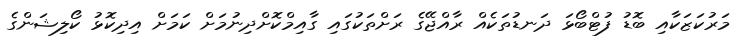
މަރުކަޒަކާއި ބޮޑު ފުޓްބޯޅަ ދަނޑުތަކެއް ރާއްޖޭގެ ރަށްތަކުގައި ގާއިމްކޮށްދިނުމަށް ކަމަށް އިދިކޮޅު ކޯލިޝަންގެ